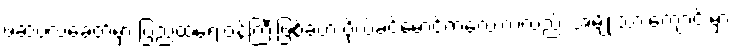
ဖဆပလခေတ်မှာ ပြည်ထဲရေးဝန်ကြီးဖြစ်ခဲ့တဲ့ ဗိုလ်ခင်မောင်ကလေးကလည်း အမျိုးသားကျောင်းမှာ